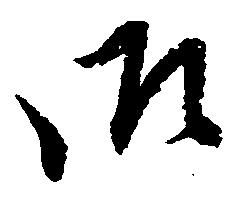
御